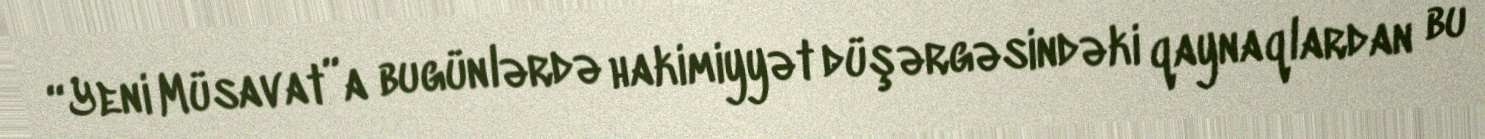
“Yeni Müsavat”a bugünlərdə hakimiyyət düşərgəsindəki qaynaqlardan bu